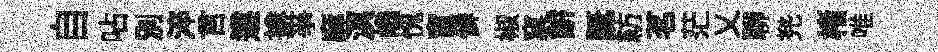
自呫別淬言遵揜亊麻溟巉愧宦僻椒窠餅誕紡茗茫乂聊兠楮唯